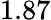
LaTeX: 1.87